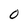
Character: O